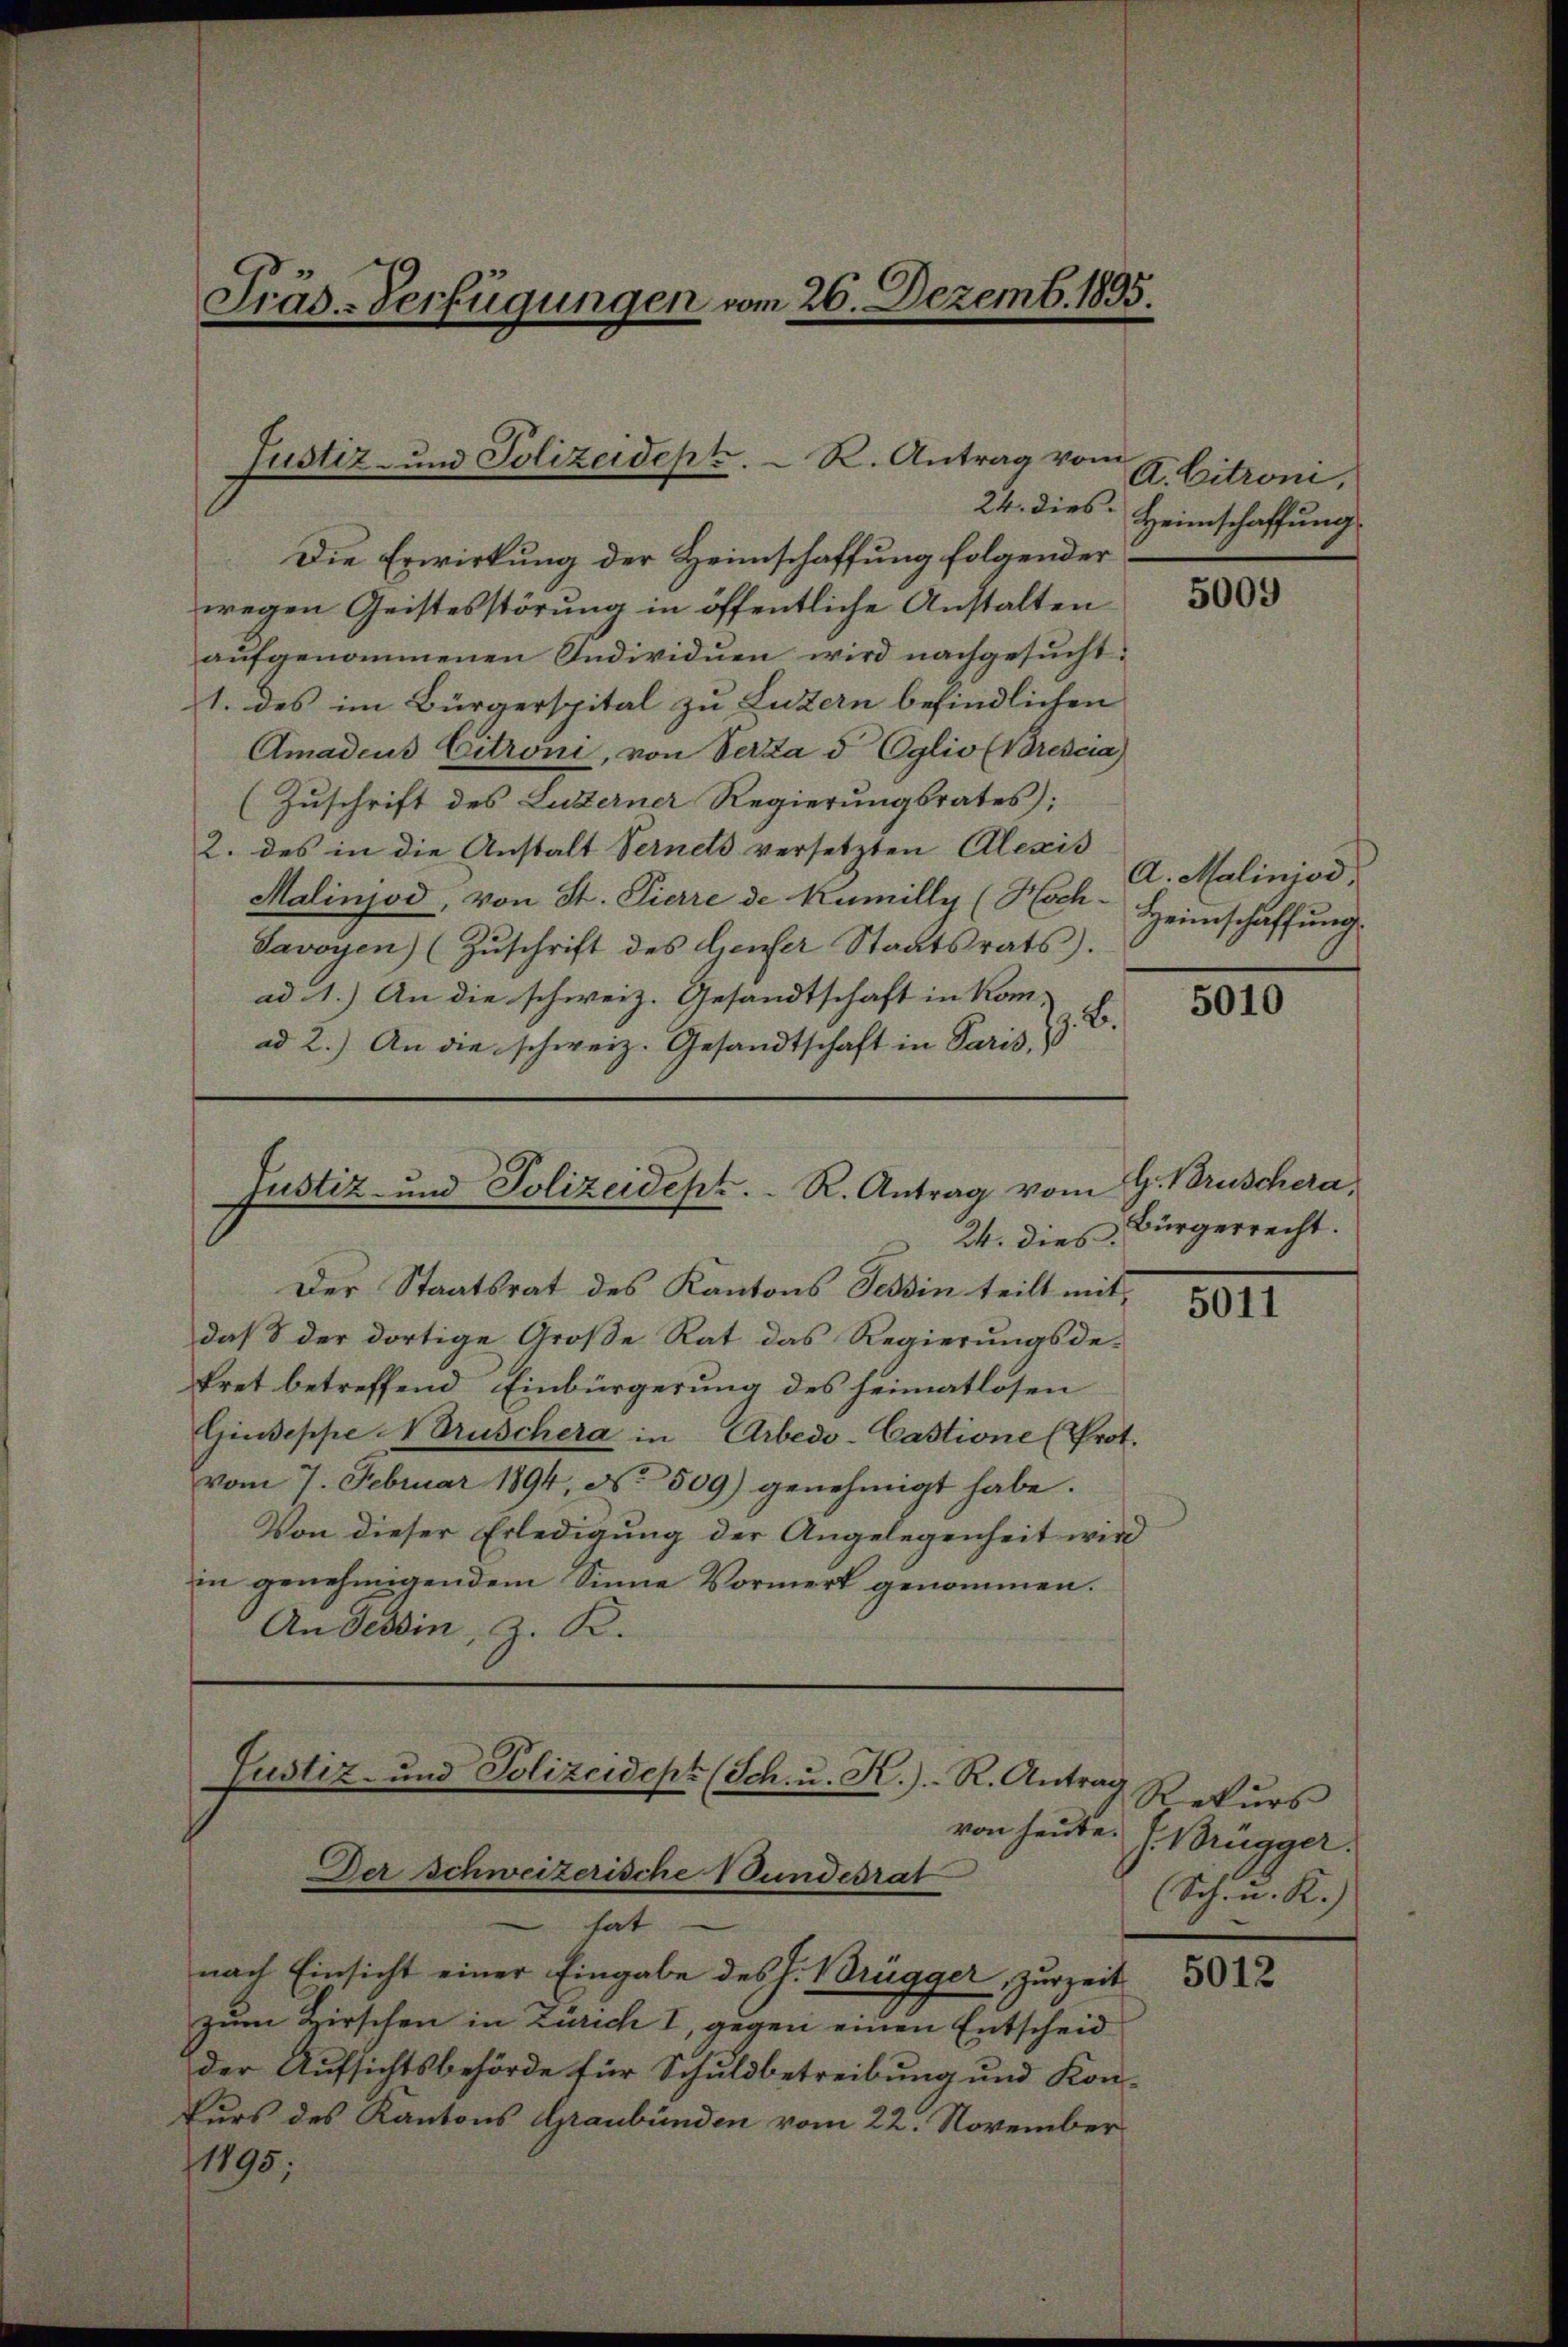
Die Erwirkung der Heimschaffung folgender
wegen Geistesstörung in öffentliche Anstalten
aŭfgenommenen Individuen wird nachgesucht.
1. des im Bürgerspital zu Luzern befindlichen
Amadeus Citroni, von Verza d Eglio (Brescia
(Zuschrift des Luzerner Regierungsrates;
2. des in die Anstalt Vernets versetzten Alexis
Malinjod, von St. Pierre de Kumilly (Hoch-
Savoyen (Zŭschrift des Genfer Staatsrats).
ad 1.) An die schweiz. Gesandtschaft in Kom-
.B.
ad 2.) An die schweiz. Gesandtschaft in Paris,

Präs.-Verfügungen vom 26. Dezemb. 1895.

Justiz- und Polizeidept. R. Antrag vom
24. dies

Justiz- und Polizeidept.  ..  R. Antrag vom
24. dies

Der Staatsrat des Kantons Tessin teilt mitdaß 8 der dortige Große Rat das Regierungsdekret betreffend Einbürgerung des heimatlosen
Giuseppe NDruschera in Arbedo-Castione (Prot.
vom 7. Februar 1894, No. 509) genehmigt habe.
Von dieser Erledigung der Angelegenheit wird
in genehmigendem Sinne Vormerk genommen.
An Tessin, z. K.

A. Citroni,
Heimschaffung

nach Einsicht einer Eingabe des H. Brügger, zurzeit
zum Hirschen in Zürich I, gegen einen Entscheid
der Aufsichtsbehörde für Schuldbetreibung und Kon-
Curs des Kantons Graubünden vom 22. November
1195;

Justiz- und Polizeidept (Sch. u. K. R. Antrag
von heute.
Der Schweizerische Wundesrat
 hat

5009

A. Maliniod
Heimschaffung

5010

H. Brüschera,
Bürgerrecht.

5011

Rekurs
/. Brugger.
Sch. u. R.)

5012